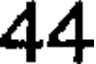
44